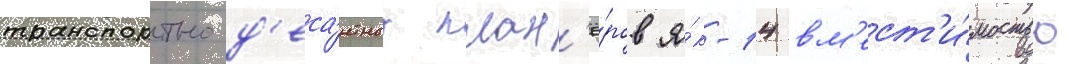
транспортно-д'еса́нтных план'ё́ров я́к-14 вм'ест'и́мостью